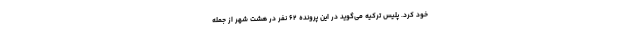
خود کرد. پلیس ترکیه می‌گوید در این پرونده ۶۲ نفر در هشت شهر از جمله